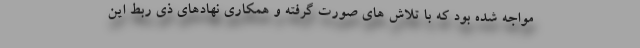
مواجه شده بود که با تلاش های صورت گرفته و همکاری نهادهای ذی ربط این